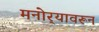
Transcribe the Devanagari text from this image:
मनोर्‍यावरून